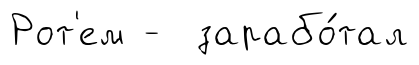
Рот'ем - зарабо́тал